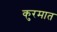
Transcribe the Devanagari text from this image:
कुरमात